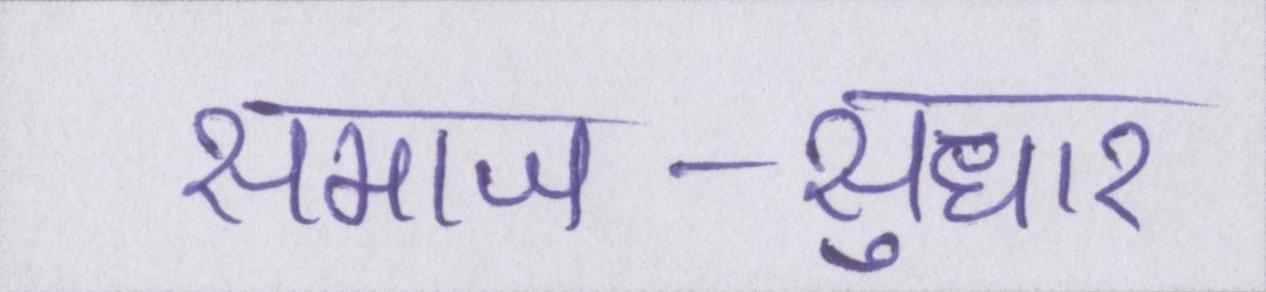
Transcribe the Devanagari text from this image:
समाज-सुधार